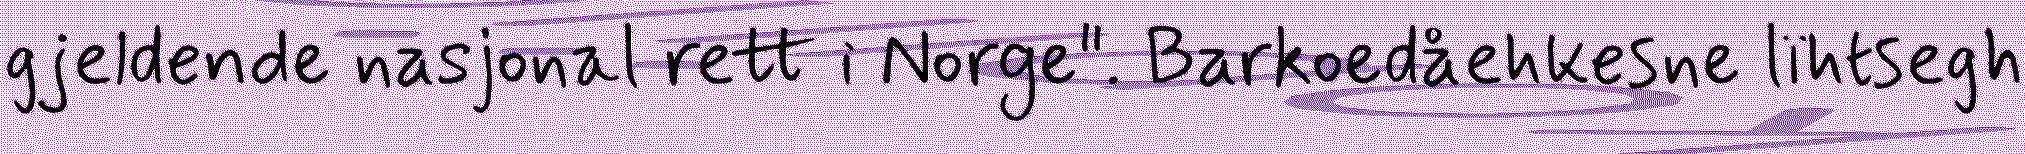
gjeldende nasjonal rett i Norge". Barkoedåehkesne lïhtsegh